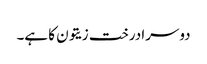
دوسرا درخت زیتون کا ہے۔